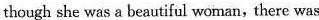
though she was a beautiful woman, there was